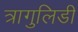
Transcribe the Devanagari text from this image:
त्रागुलिडी